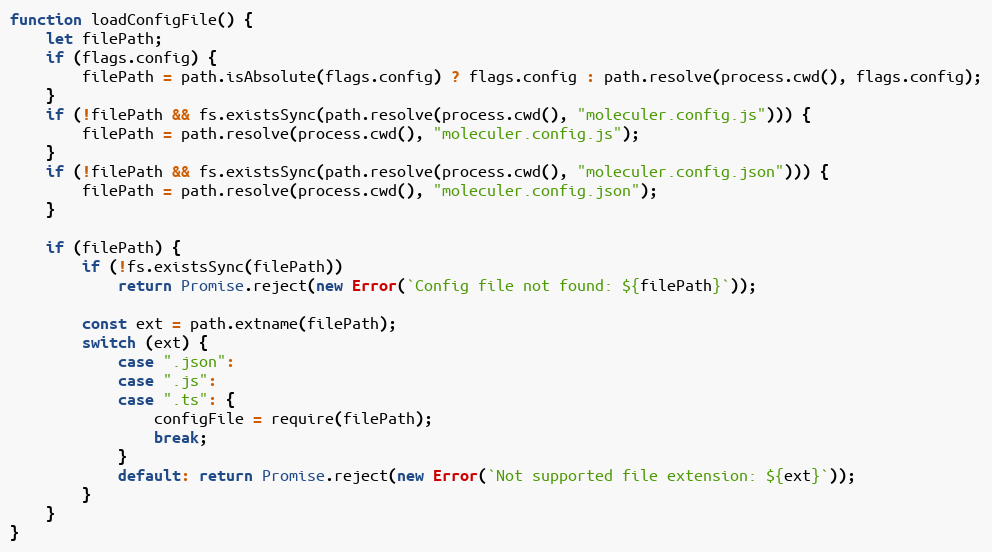
Language: JavaScript
function loadConfigFile() {
	let filePath;
	if (flags.config) {
		filePath = path.isAbsolute(flags.config) ? flags.config : path.resolve(process.cwd(), flags.config);
	}
	if (!filePath && fs.existsSync(path.resolve(process.cwd(), "moleculer.config.js"))) {
		filePath = path.resolve(process.cwd(), "moleculer.config.js");
	}
	if (!filePath && fs.existsSync(path.resolve(process.cwd(), "moleculer.config.json"))) {
		filePath = path.resolve(process.cwd(), "moleculer.config.json");
	}

	if (filePath) {
		if (!fs.existsSync(filePath))
			return Promise.reject(new Error(`Config file not found: ${filePath}`));

		const ext = path.extname(filePath);
		switch (ext) {
			case ".json":
			case ".js":
			case ".ts": {
				configFile = require(filePath);
				break;
			}
			default: return Promise.reject(new Error(`Not supported file extension: ${ext}`));
		}
	}
}